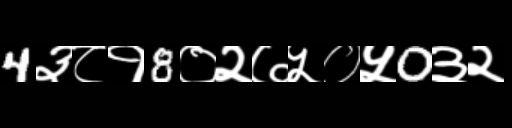
Text: 4३८१8०२७५०५0३२